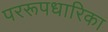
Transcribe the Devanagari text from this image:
पररूपधारिका